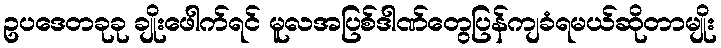
ဥပဒေတခုခု ချိုးဖေါက်ရင် မူလအပြစ်ဒါဏ်တွေပြန်ကျခံရမယ်ဆိုတာမျိုး